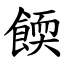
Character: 餪